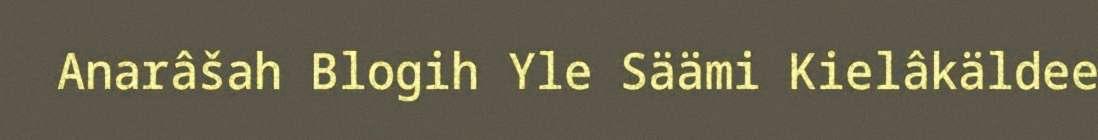
Anarâšah Blogih Yle Säämi Kielâkäldee